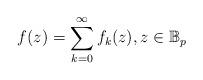
LaTeX: \begin{align*}f(z) = \sum_{k=0}^{\infty} f_k(z), z \in \mathbb{B}_p\end{align*}